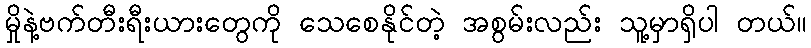
မှိုနဲ့ဗက်တီးရီးယားတွေကို သေစေနိုင်တဲ့ အစွမ်းလည်း သူ့မှာရှိပါ တယ်။